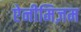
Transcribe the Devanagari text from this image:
ऐनीमिज़म